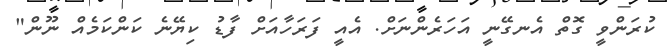
ކުރަންވީ ގޮތް އެނގޭނީ އަހަރެންނަށް. އެއީ ފަރަހާއަށް ފާޑު ކިޔޭނެ ކަންކަމެއް ނޫން"